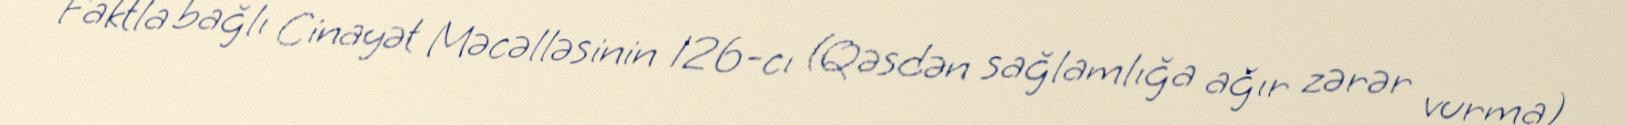
Faktla bağlı Cinayət Məcəlləsinin 126-cı (Qəsdən sağlamlığa ağır zərər vurma)